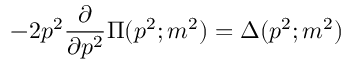
- 2 p ^ { 2 } \frac { \partial } { \partial p ^ { 2 } } \Pi ( p ^ { 2 } ; m ^ { 2 } ) = \Delta ( p ^ { 2 } ; m ^ { 2 } )